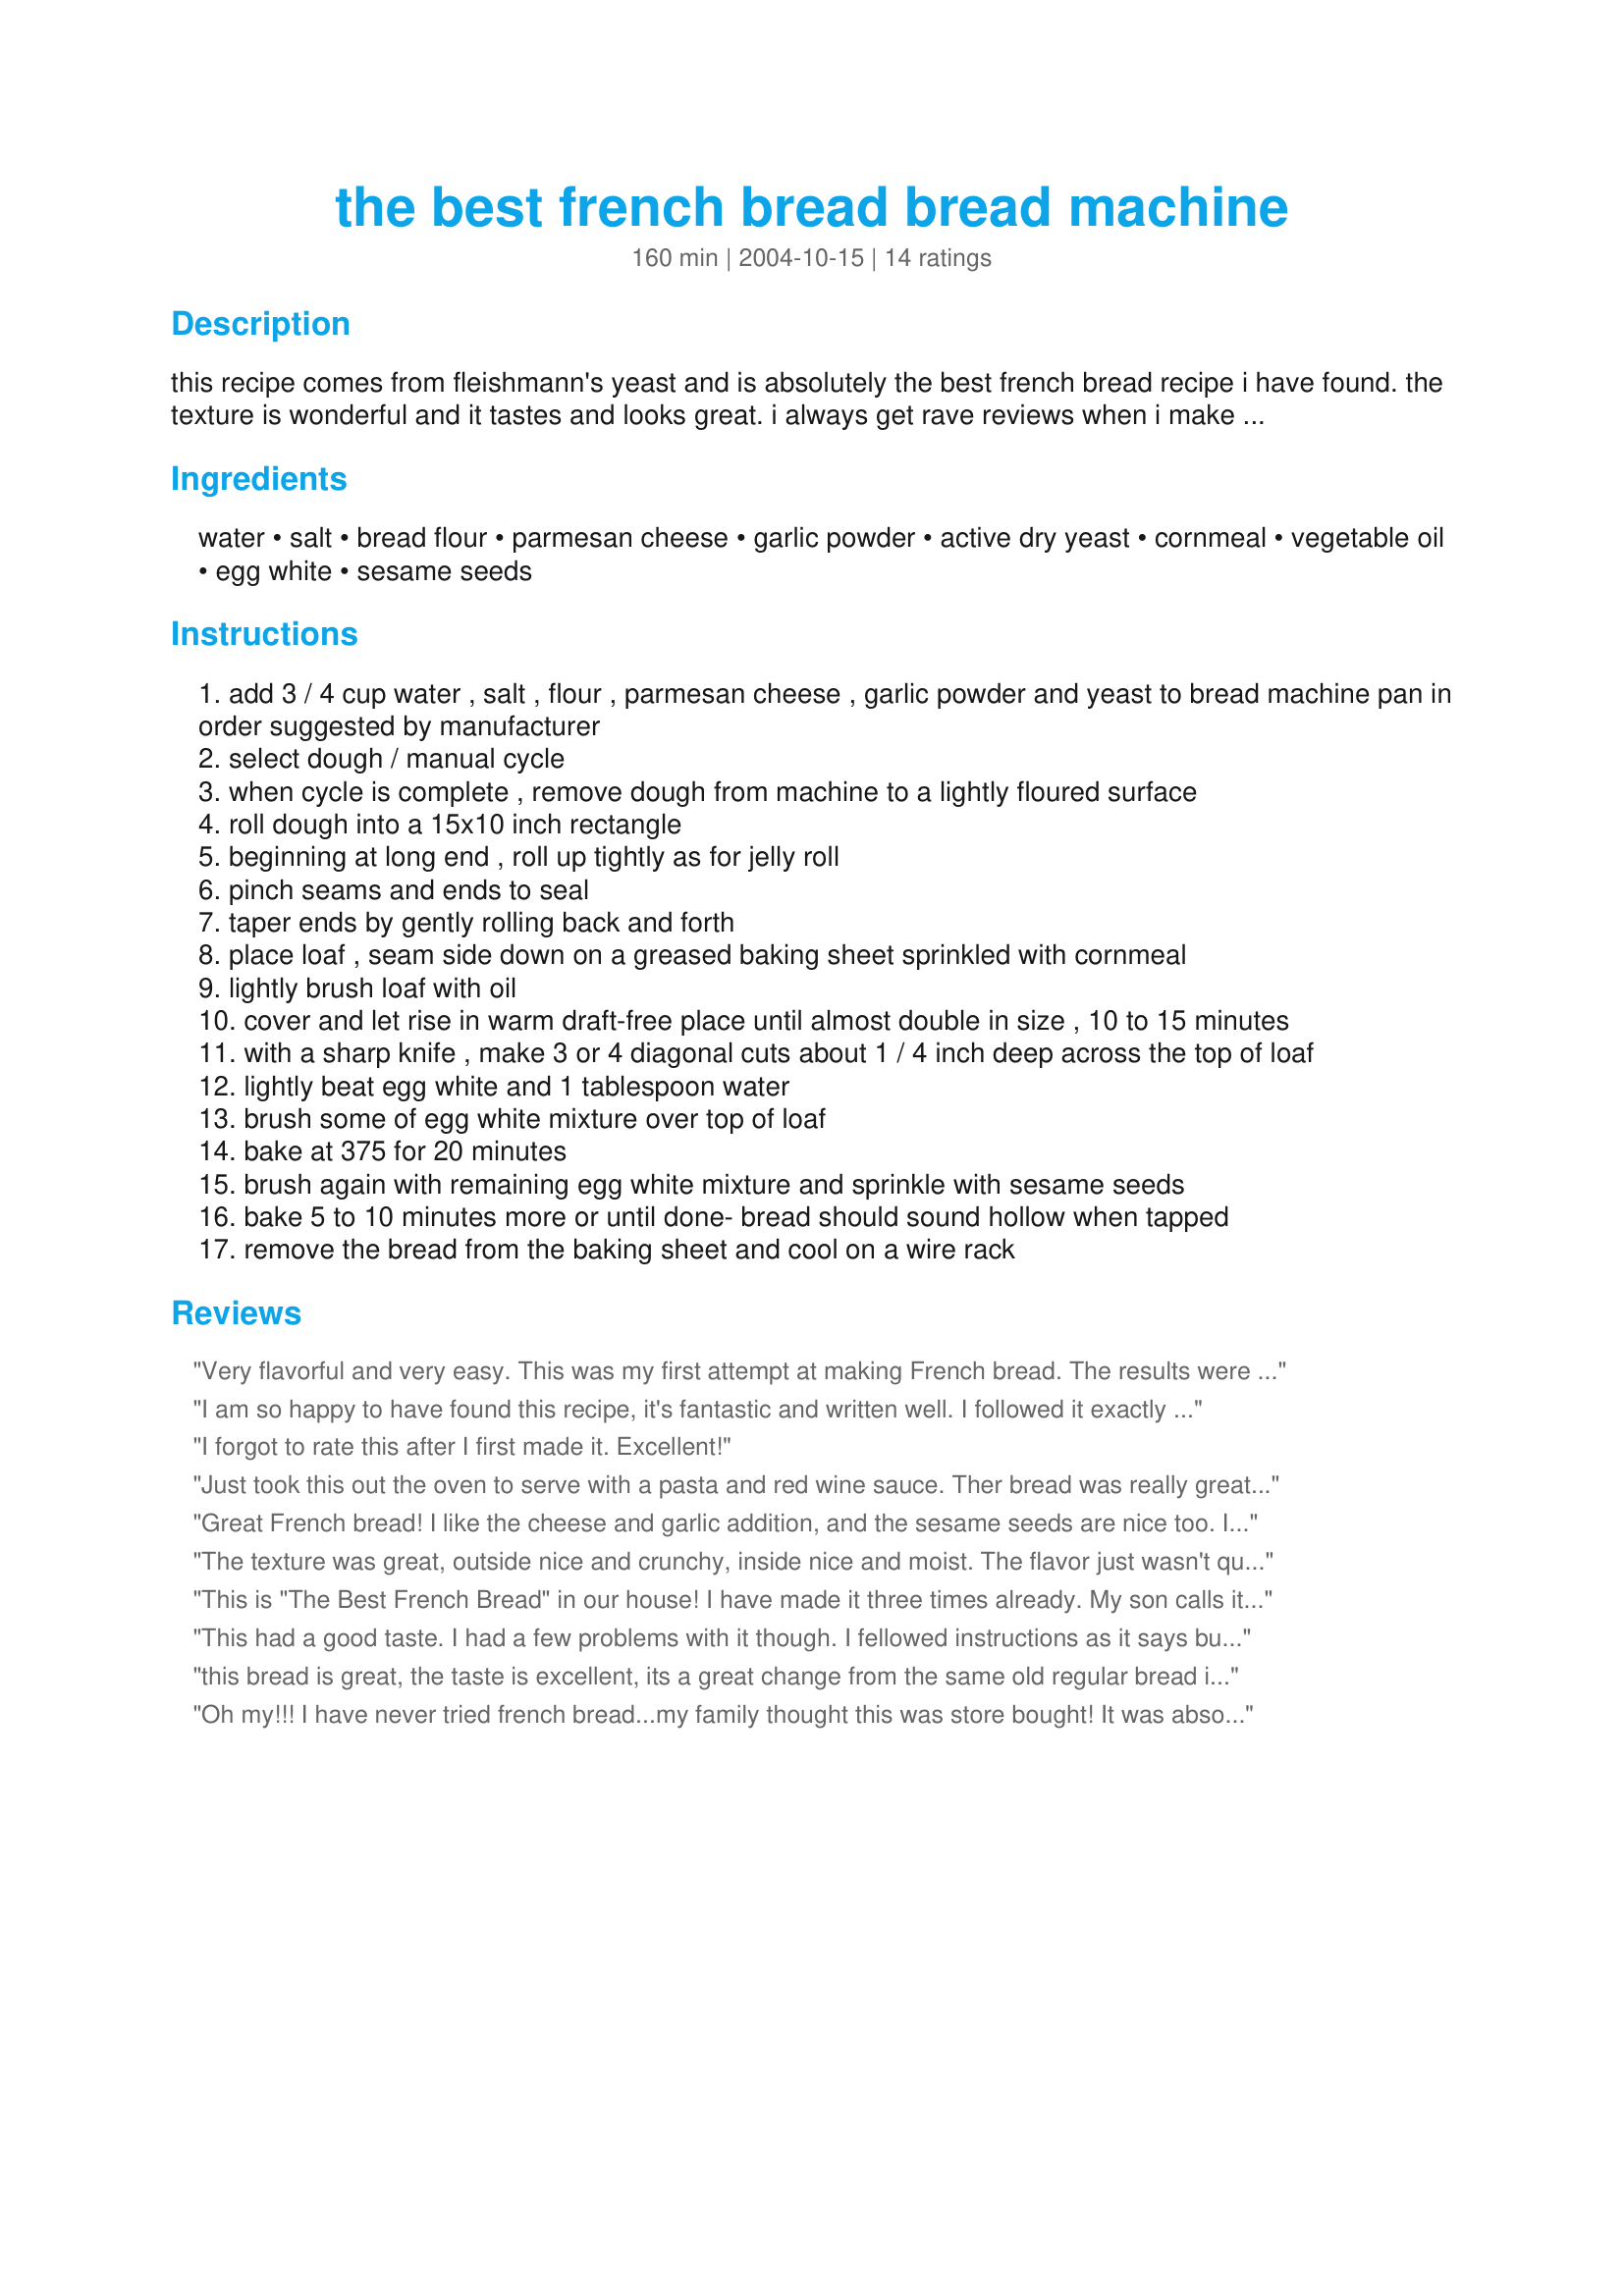
the best french bread bread machine
Preparation time: 160 minutes

this recipe comes from fleishmann's yeast and is absolutely the best french bread recipe i have found. the texture is wonderful and it tastes and looks great. i always get rave reviews when i make this.

Ingredients:
water, salt, bread flour, parmesan cheese, garlic powder, active dry yeast, cornmeal, vegetable oil, egg white, sesame seeds

Steps:
add 3 / 4 cup water , salt , flour , parmesan cheese , garlic powder and yeast to bread machine pan in order suggested by manufacturer
select dough / manual cycle
when cycle is complete , remove dough from machine to a lightly floured surface
roll dough into a 15x10 inch rectangle
beginning at long end , roll up tightly as for jelly roll
pinch seams and ends to seal
taper ends by gently rolling back and forth
place loaf , seam side down on a greased baking sheet sprinkled with cornmeal
lightly brush loaf with oil
cover and let rise in warm draft-free place until almost double in size , 10 to 15 minutes
with a sharp knife , make 3 or 4 diagonal cuts about 1 / 4 inch deep across the top of loaf
lightly beat egg white and 1 tablespoon water
brush some of egg white mixture over top of loaf
bake at 375 for 20 minutes
brush again with remaining egg white mixture and sprinkle with sesame seeds
bake 5 to 10 minutes more or until done- bread should sound hollow when tapped
remove the bread from the baking sheet and cool on a wire rack

Reviews:
Very flavorful and very easy. This was my first attempt at making French bread. The results were perfect.
I refuse to buy bread flour. I used regular white flour and 1 Tbsp dough enhancer. I did need to add a little bit more water and increase the final rise time to 20 minutes. The crust came out slightly tougher than I imagine it would with bread flour, but we are used to that and enjoy it.
I am so happy to have found this recipe, it's fantastic and written well. I followed it exactly and everything happened per the instructions. So easy and great to make on a chilly, weekend afternoon. My husband and Daughter are arguing about what should be done with the scanty leftovers! I'm being demanded to make this again, it was such a hit with my family. Thanks Chris for posting this recipe, it's going into my 'best of the bunch' :)
I forgot to rate this after I first made it. Excellent!
Just took this out the oven to serve with a pasta and red wine sauce. Ther bread was really great - I left out the parmesan cheese and found it was too dry when I checked in the machine and had to add another 1/4 cup of water...not sure if it was my machine or what...but great tasting bread!
Great French bread! I like the cheese and garlic addition, and the sesame seeds are nice too. I think next time I will roll from the SHORT end, because by the time I got it all rolled out and pinched shut it was too long for my cookie sheet so I had to cut it into two skinnier rolls, but it baked up great and was delicious. A keeper! Thanks for a great recipe.
The texture was great, outside nice and crunchy, inside nice and moist. The flavor just wasn't quite right, I will try again with more salt.
This is "The Best French Bread" in our house! I have made it three times already. My son calls it "the bread that I love!" This is going to be a mainstay in our house.

Update: flour brands must vary because I had to add about 3 tbs. water one of the times I made this.

Roxygirl in Colo.
This had a good taste. I had a few problems with it though. I fellowed instructions as it says but my loaf didn't rise very good (i even turn oven on and got the area warm so it would) 
I feel for sure it must of been something I did or didn't do since everyone else who has tried it came out good.
this bread is great, the taste is excellent, its a great change from the same old regular bread i sprinkled parmesan cheese on top too thanks so much for the recipe family loved it!
Oh my!!! I have never tried french bread...my family thought this was store bought! It was absolutely great. It was so easy to make, I will definately make it again and again!
I really enjoyed this bread. The only thing I will change next time is to make the slashes in the bread before I let it rise, when I slashed it after, my bread deflated like a balloon. I will also just do a wash with a little water. The egg white ran down a little so the bread was stuck to my pan. Great flavor, super easy recipe. Why buy bread when it's this easy to make homemade. Thanks so much for posting Chris!
This was awesome!!!! I made it just as directed except I, too, had to add about 3 or 4 tablespoons of water to the dough. Mine also took about 30 minutes to raise after forming instead of 10-15 minutes. (That may have been because I had the AC on...) Anyway, it had such a wonderful texture and great taste. The overall flavor of the bread with the garlic powder and parmesan together was absolutely delightful! Much better than other french bread recipes I've tried before!!!! My DH loved it and this will definitely be a recipe I'll use over and over...Thanks so much!!!
Finally a French bread I like! It came out perfect. There were no leftovers within an hour after dinner as my stepson and his friend ate the last three slices for a snack. The only change I made was that I used milk instead of the egg white (I was very low on eggs and needed them for breakfast). Also, the second proofing was about 20-30 minutes. Thank you. This is definitely a keeper.
This is fabulous bread recipe. It's the nicest dough I've ever worked with and I'll be making it again and again. Probably a mistake, but I told my husband it was so easy that I could make it everyday! I served this with lasagna and my family scarfed it down...if fact, we were all fighting over the last couple slices. I didn't do the egg white wash because I left the seeds off, but next time I might try it that way. Total cooking time for me was just about 30 minutes, so that was right on. Thanks so much for posting this!
